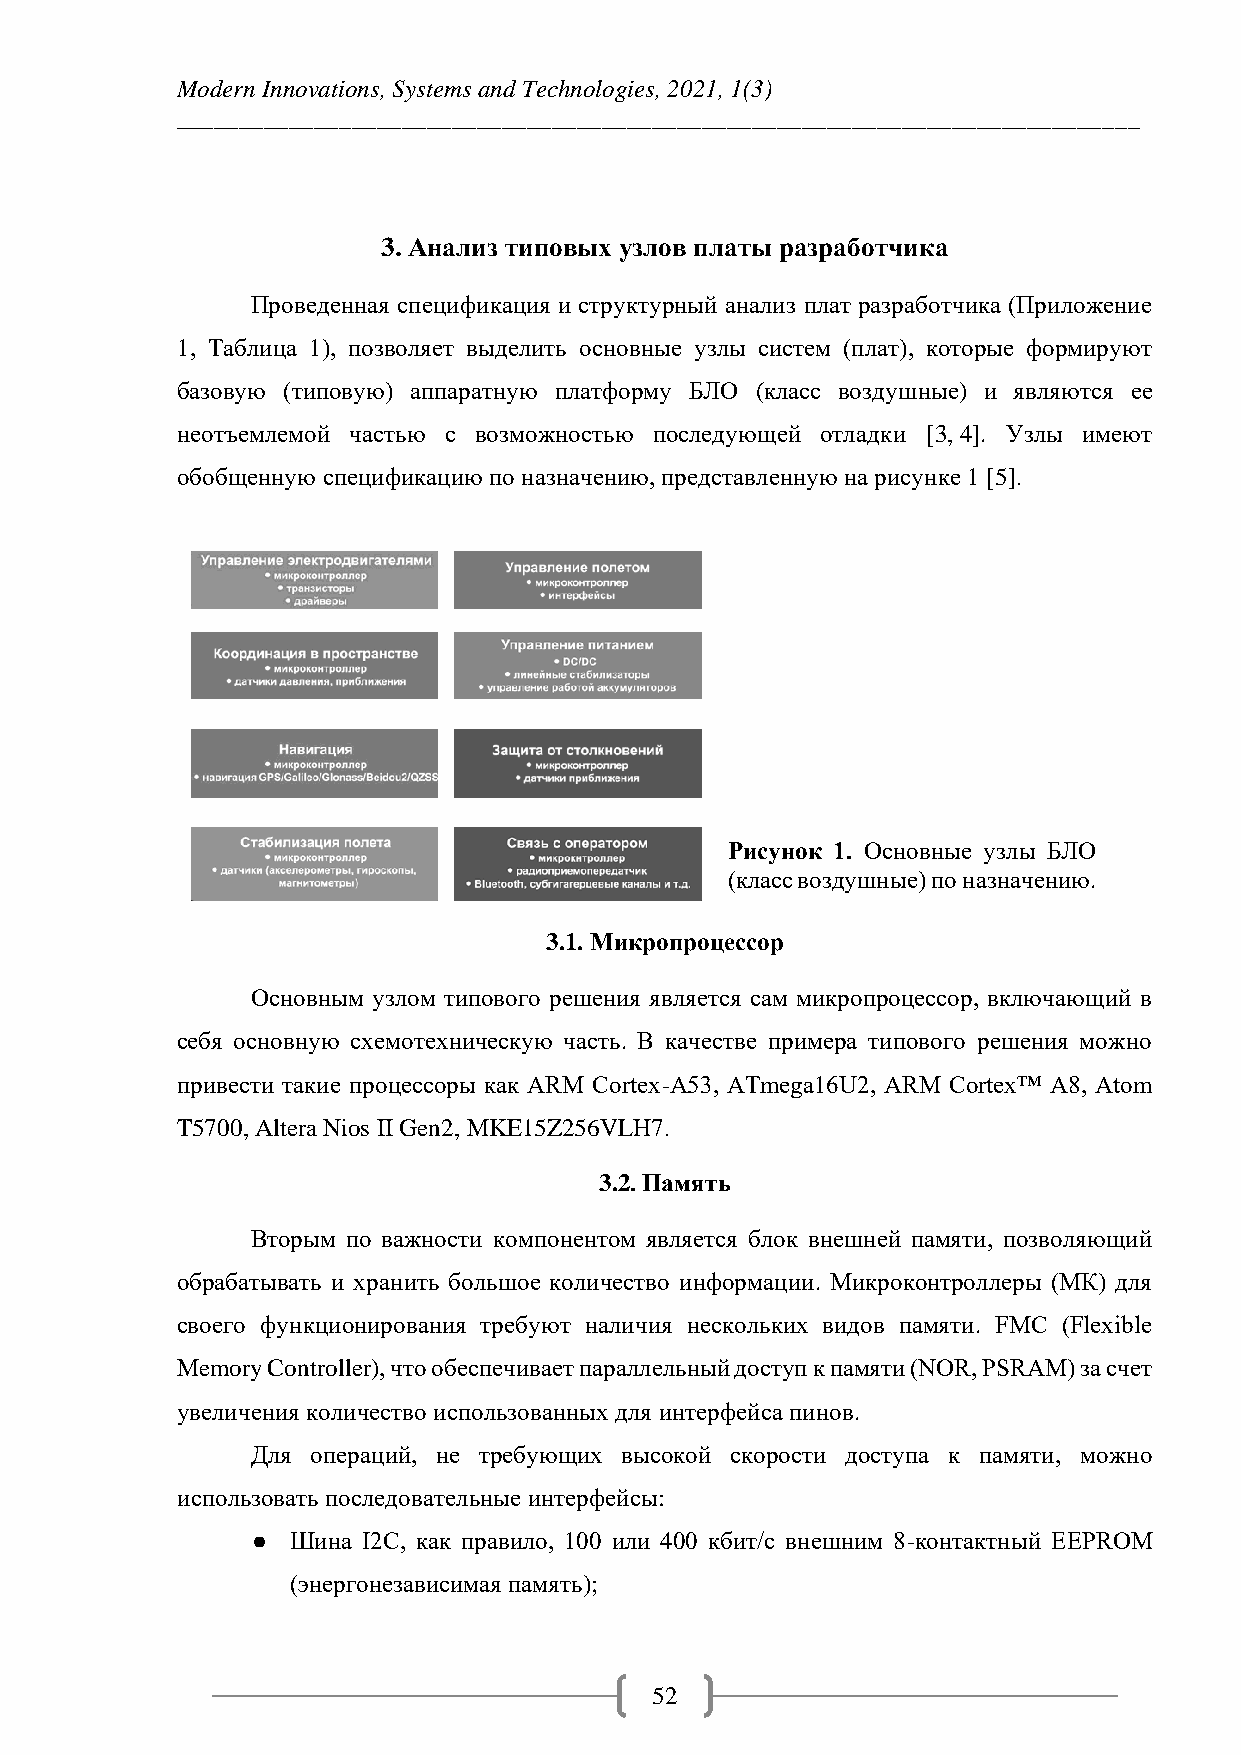
Modern Innovations, Systems and Technologies, 2021, 1(3)
 _____________________________________________________________________________
 3. Анализ типовых узлов платы разработчика
 Проведенная спецификация и структурный анализ плат разработчика (Приложение
 1, Таблица 1), позволяет выделить основные узлы систем (плат), которые формируют
 базовую (типовую) аппаратную платформу БЛО (класс воздушные) и являются ее
 неотъемлемой частью с возможностью последующей отладки [3, 4]. Узлы имеют
 обобщенную спецификацию по назначению, представленную на рисунке 1 [5].
 Рисунок 1. Основные узлы БЛО
 (класс воздушные) по назначению.
 3.1. Микропроцессор
 Основным узлом типового решения является сам микропроцессор, включающий в
 себя основную схемотехническую часть. В качестве примера типового решения можно
 привести такие процессоры как ARM Cortex-A53, ATmega16U2, ARM Cortex™ A8, Atom
 T5700, Altera Nios II Gen2, MKE15Z256VLH7.
 3.2. Память
 Вторым по важности компонентом является блок внешней памяти, позволяющий
 обрабатывать и хранить большое количество информации. Микроконтроллеры (МК) для
 своего функционирования требуют наличия нескольких видов памяти. FMC (Flexible
 Memory Controller), что обеспечивает параллельный доступ к памяти (NOR, PSRAM) за счет
 увеличения количество использованных для интерфейса пинов.
 Для операций, не требующих высокой скорости доступа к памяти, можно
 использовать последовательные интерфейсы:
 ● Шина I2C, как правило, 100 или 400 кбит/с внешним 8-контактный EEPROM
 (энергонезависимая память);
 52